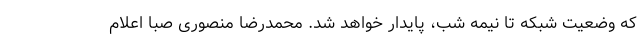
که وضعیت شبکه تا نیمه شب، پایدار خواهد شد. محمدرضا منصوری صبا اعلام